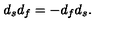
d _ { s } d _ { f } = - d _ { f } d _ { s } .